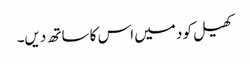
کھیل کود میں اس کا ساتھ دیں۔